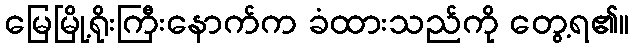
မြေမြို့ရိုးကြီးနောက်က ခံထားသည်ကို တွေ့ရ၏။